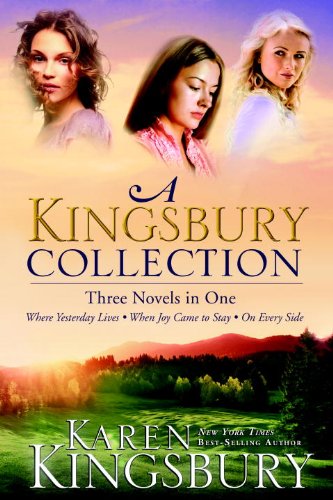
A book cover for A Kingsbury Collection: Three Novels in One: Where Yesterday Lives, When Joy Came to Stay, On Every Side; Karen Kingsbury; Romance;